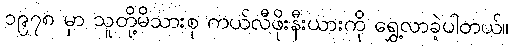
၁၉၇၈ မှာ သူတို့မိသားစု ကယ်လီဖိုးနီးယားကို ရွှေ့လာခဲ့ပါတယ်။